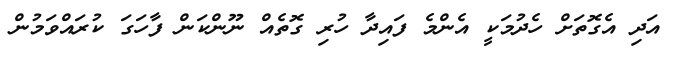
އަދި އެގޮތަށް ހެދުމަކީ އެންމެ ފައިދާ ހުރި ގޮތެއް ނޫންކަން ފާހަގަ ކުރައްވަމުން